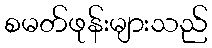
စမတ်ဖုန်းများသည်